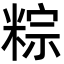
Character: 粽